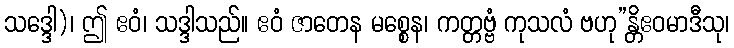
သဒ္ဒေါ)၊ ဤ ဧဝံ၊ သဒ္ဒါသည်။ ဧဝံ ဇာတေန မစ္စေန၊ ကတ္တဗ္ဗံ ကုသလံ ဗဟု”န္တိဧဝမာဒီသု၊